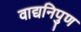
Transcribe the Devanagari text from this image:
वाद्यनिपुण